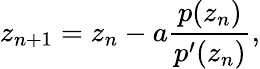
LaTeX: z_{n+1}=z_{n}-a\frac{p(z_{n})}{p^{\prime}(z_{n})},